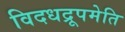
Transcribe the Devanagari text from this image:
विदधद्रूपमेति